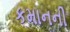
કમાનની